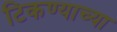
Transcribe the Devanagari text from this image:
टिकण्याच्या